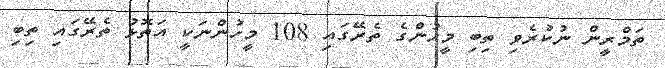
ތަމްރީން ނުކުރެވި ތިބި މީހުންގެ ތެރޭގައި 108 މީހުންނަކީ އަތޮޅު ތެރޭގައި ތިބި